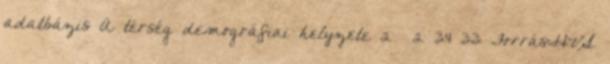
adatbázis A térség demográfiai helyzete 2 2 34 33 Forrás:HVS